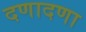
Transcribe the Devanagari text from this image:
दणादणा